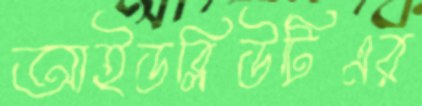
আইডব্লিউটিএর